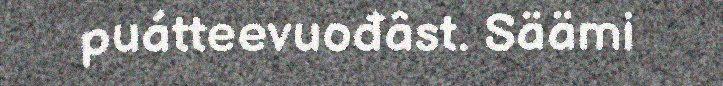
puátteevuođâst. Säämi